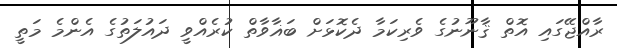
ރާއްޖޭގައި އޮތް ޤާނޫނުގެ ވެރިކަމާ ދެކޮޅަށް ބަޣާވާތް ކުރެއްވީ ދައުލަތުގެ އެންމެ މަތީ